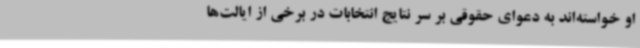
او خواسته‌اند به دعوای حقوقی بر سر نتایج انتخابات در برخی از ایالت‌ها